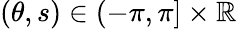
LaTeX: (\theta,s)\in(-\pi,\pi]\times{\mathbb R}